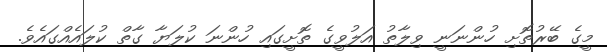
މީގެ ބޭރުތޮށި ހުންނަނީ ވިލާތު އަލުވީގެ ތޮށީގައި ހުންނަ ކުލަޔާ ގާތް ކުލައެއްގައެވެ.